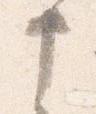
申